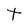
Character: t